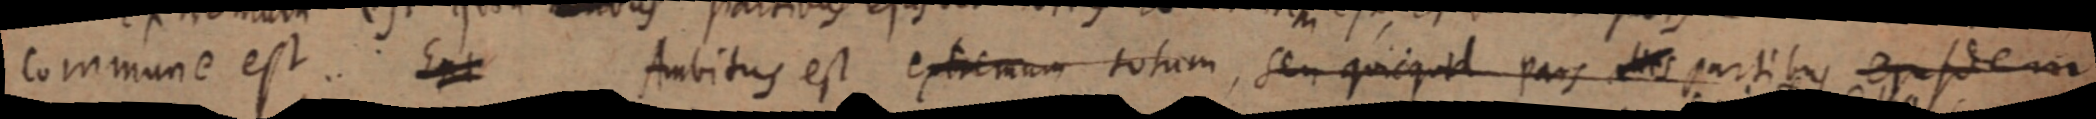
commune est. Ext Ambitus est extremum totum, seu quicquid pars e partibus ejusdem